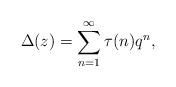
LaTeX: \begin{align*}\Delta(z) = \sum_{n=1}^\infty \tau(n) q^n,\end{align*}